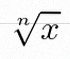
\sqrt[n]{x}